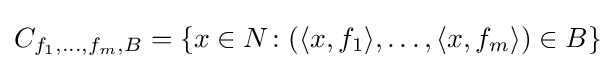
C_{f_{1},\dots ,f_{m},B}=\{x\in N\colon (\langle x,f_{1}\rangle ,\dots ,\langle x,f_{m}\rangle )\in B\}